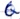
Text: Q